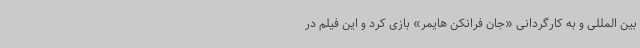
بین المللی و به کارگردانی «جان فرانکن هایمر» بازی کرد و این فیلم در